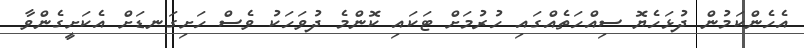
އެހެންކަމުން ދުޅަހެޔޮ ސިއްހަތެއްގައި ހުރުމަށް ޓަކައި ކޮންމެ ދުވަހަކު ވެސް ހަށިގަނޑަށް އެކަށީގެންވާ